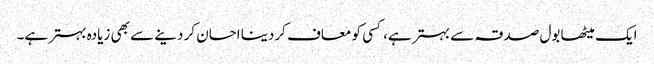
ایک میٹھا بول صدقہ سے بہتر ہے، کسی کو معاف کردینا احسان کر دینے سے بھی زیادہ بہتر ہے۔